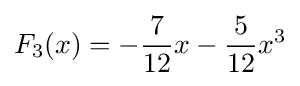
F_{3}(x)=-{\frac {7}{12}}x-{\frac {5}{12}}x^{3}